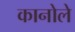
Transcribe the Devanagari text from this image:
कानोले